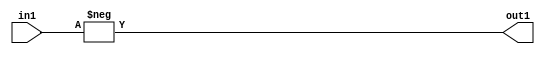
`timescale 1ps / 1ps
/*****************************************************************************
    Verilog RTL Description
    
    
    Created by: Stratus DpOpt 21.05.01 
*******************************************************************************/

module SobelFilter_Minus_32S_32S_1 (
	in1,
	out1
	); /* architecture "behavioural" */ 
input [31:0] in1;
output [31:0] out1;
wire [31:0] asc001;

assign asc001 = 
	-(in1);

assign out1 = asc001;
endmodule

/* CADENCE  urb4Sw0= : u9/ySxbfrwZIxEzHVQQV8Q== ** DO NOT EDIT THIS LINE ******/